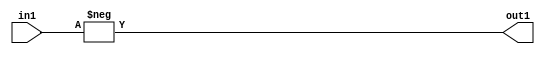
`timescale 1ps / 1ps
/*****************************************************************************
    Verilog RTL Description
    
    
    Created by: Stratus DpOpt 21.05.01 
*******************************************************************************/

module SobelFilter_Minus_32S_32S_1 (
	in1,
	out1
	); /* architecture "behavioural" */ 
input [31:0] in1;
output [31:0] out1;
wire [31:0] asc001;

assign asc001 = 
	-(in1);

assign out1 = asc001;
endmodule

/* CADENCE  urb4Sw0= : u9/ySxbfrwZIxEzHVQQV8Q== ** DO NOT EDIT THIS LINE ******/